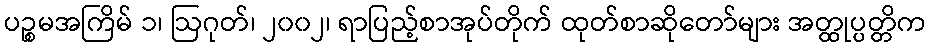
ပဉ္စမအကြိမ် ၁၊ ဩဂုတ်၊ ၂၀၀၂၊ ရာပြည့်စာအုပ်တိုက် ထုတ်စာဆိုတော်များ အတ္ထုပ္ပတ္တိက